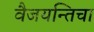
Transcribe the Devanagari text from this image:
वैजयन्तिचा